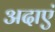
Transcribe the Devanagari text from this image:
अदाएं